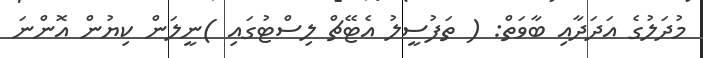
މުދަލުގެ އަދަދާއި ބާވަތް: ( ތަފުސީލު އެޓޭޗް ލިސްޓުގައި )ނީލަން ކިޔުން އޮންނަ